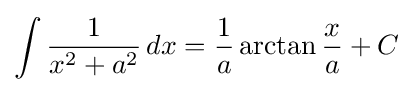
\int {\frac {1}{x^{2}+a^{2}}}\,dx={\frac {1}{a}}\arctan {\frac {x}{a}}\,\!+C